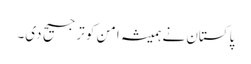
پاکستان نے ہمیشہ امن کو ترجیح دی۔